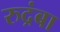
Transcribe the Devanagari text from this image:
रुद्रंबा